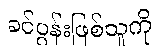
ခင်ပွန်းဖြစ်သူကို